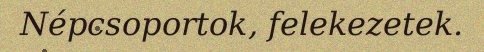
Népcsoportok, felekezetek.